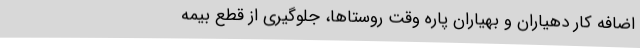
اضافه کار دهیاران و بهیاران پاره وقت روستاها، جلوگیری از قطع بیمه